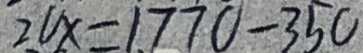
2 v x = 1 7 7 0 - 3 5 0